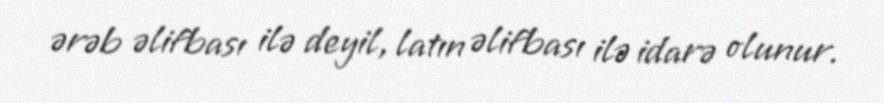
ərəb əlifbası ilə deyil, latın əlifbası ilə idarə olunur.